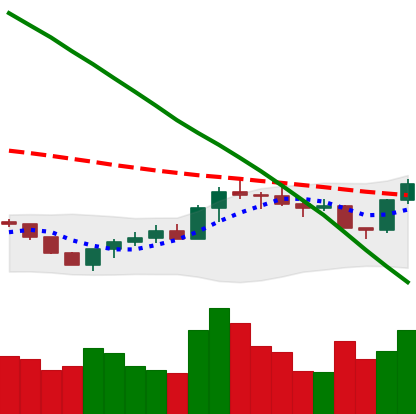
Ticker: BTC-USD
Chart end date: 2022-07-28
Forward return: -3.631%
Label: down_3_5